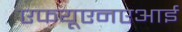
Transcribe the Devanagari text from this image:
एफयूएनएआई